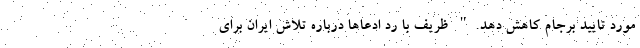
مورد تایید برجام کاهش دهد." ظریف با رد ادعاها درباره تلاش ایران برای